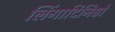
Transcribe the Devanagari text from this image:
लिंगादिनिष्ठो